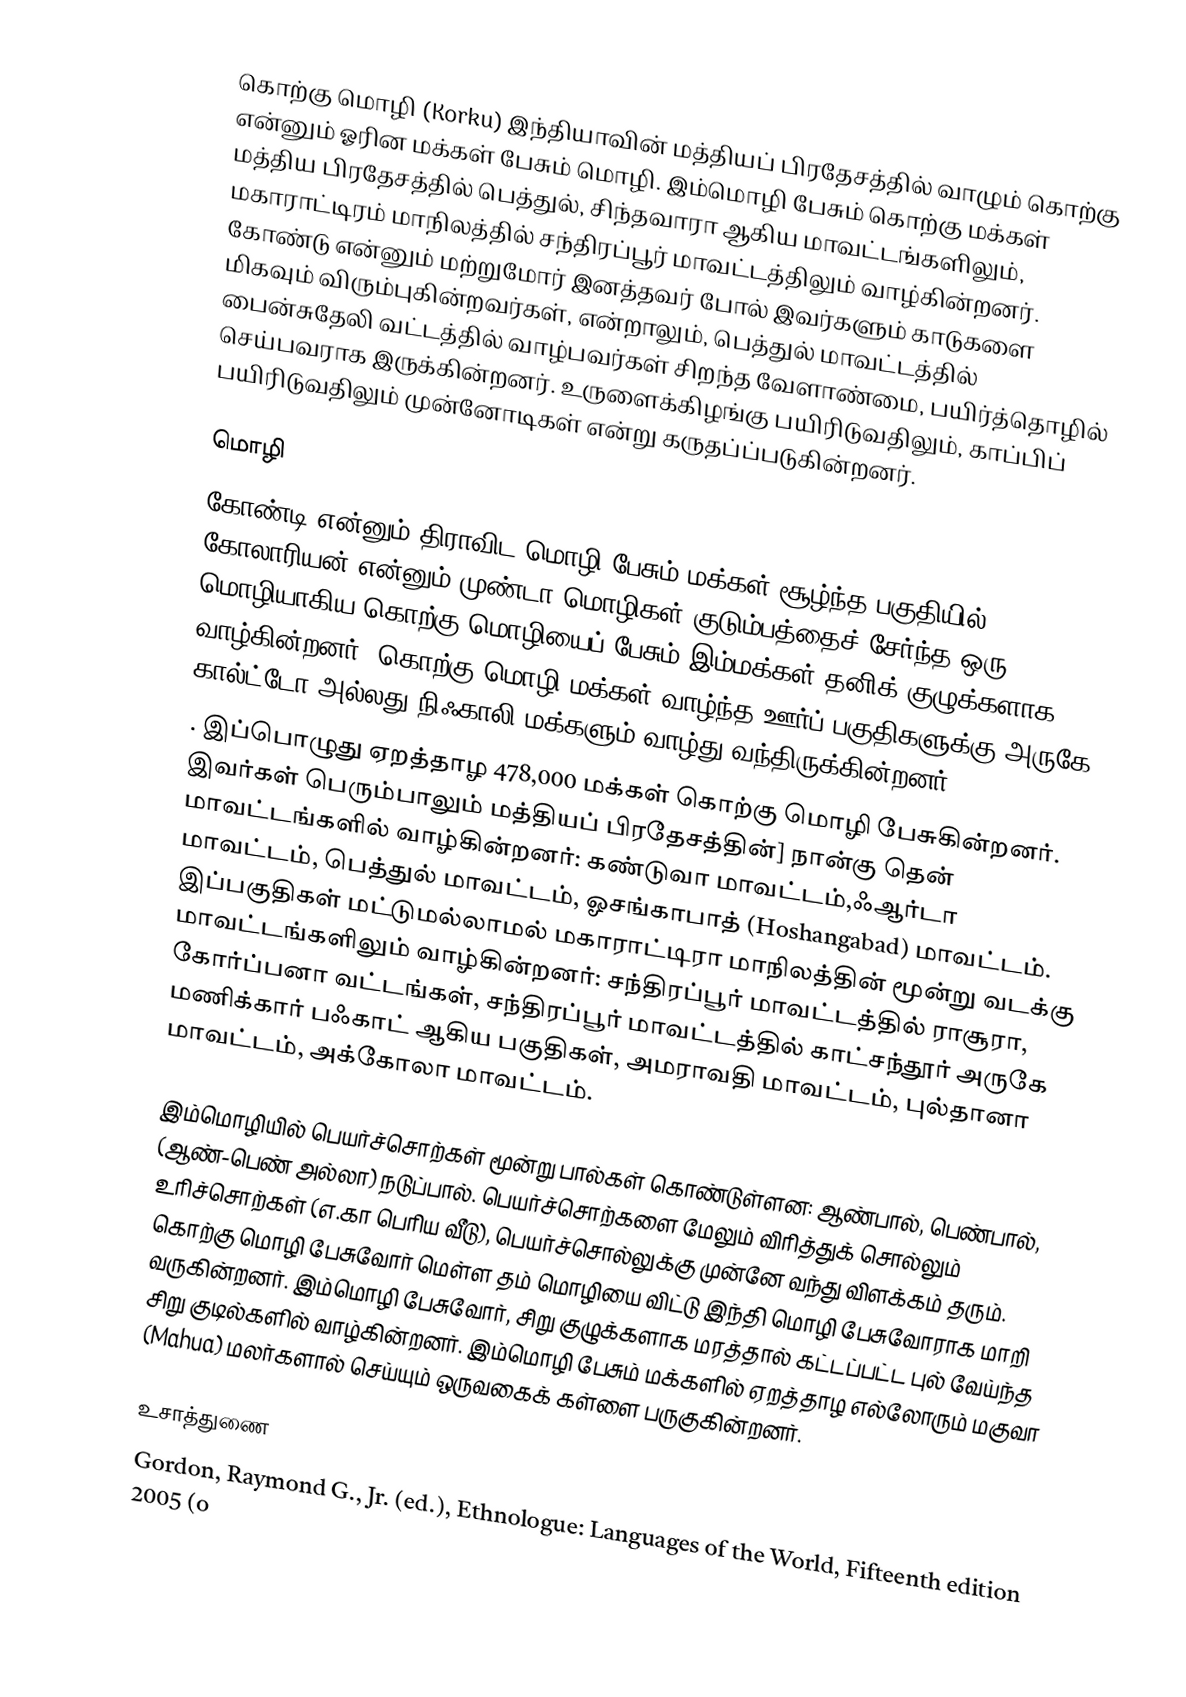
கொற்கு மொழி (Korku) இந்தியாவின் மத்தியப் பிரதேசத்தில் வாழும் கொற்கு என்னும் ஓரின மக்கள் பேசும் மொழி. இம்மொழி பேசும் கொற்கு மக்கள் மத்திய பிரதேசத்தில் பெத்துல், சிந்தவாரா ஆகிய மாவட்டங்களிலும், மகாராட்டிரம் மாநிலத்தில் சந்திரப்பூர் மாவட்டத்திலும் வாழ்கின்றனர். கோண்டு என்னும் மற்றுமோர் இனத்தவர் போல் இவர்களும் காடுகளை மிகவும் விரும்புகின்றவர்கள், என்றாலும், பெத்துல் மாவட்டத்தில் பைன்சுதேலி வட்டத்தில் வாழ்பவர்கள் சிறந்த வேளாண்மை, பயிர்த்தொழில் செய்பவராக இருக்கின்றனர். உருளைக்கிழங்கு பயிரிடுவதிலும், காப்பிப் பயிரிடுவதிலும் முன்னோடிகள் என்று கருதப்ப்படுகின்றனர்.

மொழி
கோண்டி என்னும் திராவிட மொழி பேசும் மக்கள் சூழ்ந்த பகுதியில், கோலாரியன் என்னும் முண்டா மொழிகள் குடும்பத்தைச் சேர்ந்த ஒரு மொழியாகிய கொற்கு மொழியைப் பேசும் இம்மக்கள் தனிக் குழுக்களாக வாழ்கின்றனர். கொற்கு மொழி மக்கள் வாழ்ந்த ஊர்ப் பகுதிகளுக்கு அருகே கால்ட்டோ அல்லது நிஃகாலி மக்களும் வாழ்து வந்திருக்கின்றனர்.
. இப்பொழுது ஏறத்தாழ 478,000 மக்கள் கொற்கு மொழி பேசுகின்றனர். இவர்கள் பெரும்பாலும் மத்தியப் பிரதேசத்தின்] நான்கு தென் மாவட்டங்களில் வாழ்கின்றனர்: கண்டுவா மாவட்டம்,ஃஆர்டா மாவட்டம், பெத்துல் மாவட்டம், ஓசங்காபாத் (Hoshangabad) மாவட்டம். இப்பகுதிகள் மட்டுமல்லாமல் மகாராட்டிரா மாநிலத்தின் மூன்று வடக்கு மாவட்டங்களிலும் வாழ்கின்றனர்: சந்திரப்பூர் மாவட்டத்தில் ராசூரா, கோர்ப்பனா வட்டங்கள், சந்திரப்பூர் மாவட்டத்தில் காட்சந்தூர் அருகே மணிக்கார் பஃகாட் ஆகிய பகுதிகள், அமராவதி மாவட்டம், புல்தானா மாவட்டம், அக்கோலா மாவட்டம்.

இம்மொழியில் பெயர்ச்சொற்கள் மூன்று பால்கள் கொண்டுள்ளன: ஆண்பால், பெண்பால், (ஆண்-பெண் அல்லா) நடுப்பால். பெயர்ச்சொற்களை மேலும் விரித்துக் சொல்லும் உரிச்சொற்கள் (எ.கா பெரிய வீடு), பெயர்ச்சொல்லுக்கு முன்னே வந்து விளக்கம் தரும். கொற்கு மொழி பேசுவோர் மெள்ள தம் மொழியை விட்டு இந்தி மொழி பேசுவோராக மாறி வருகின்றனர். இம்மொழி பேசுவோர், சிறு குழுக்களாக மரத்தால் கட்டப்பட்ட புல் வேய்ந்த சிறு குடில்களில் வாழ்கின்றனர். இம்மொழி பேசும் மக்களில் ஏறத்தாழ எல்லோரும் மகுவா (Mahua) மலர்களால் செய்யும் ஒருவகைக் கள்ளை பருகுகின்றனர்.

உசாத்துணை
Gordon, Raymond G., Jr. (ed.), Ethnologue: Languages of the World, Fifteenth edition 2005 (o